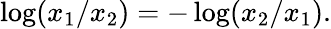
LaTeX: \log(x_{1}/x_{2})=-\log(x_{2}/x_{1}).